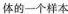
体的一个样本